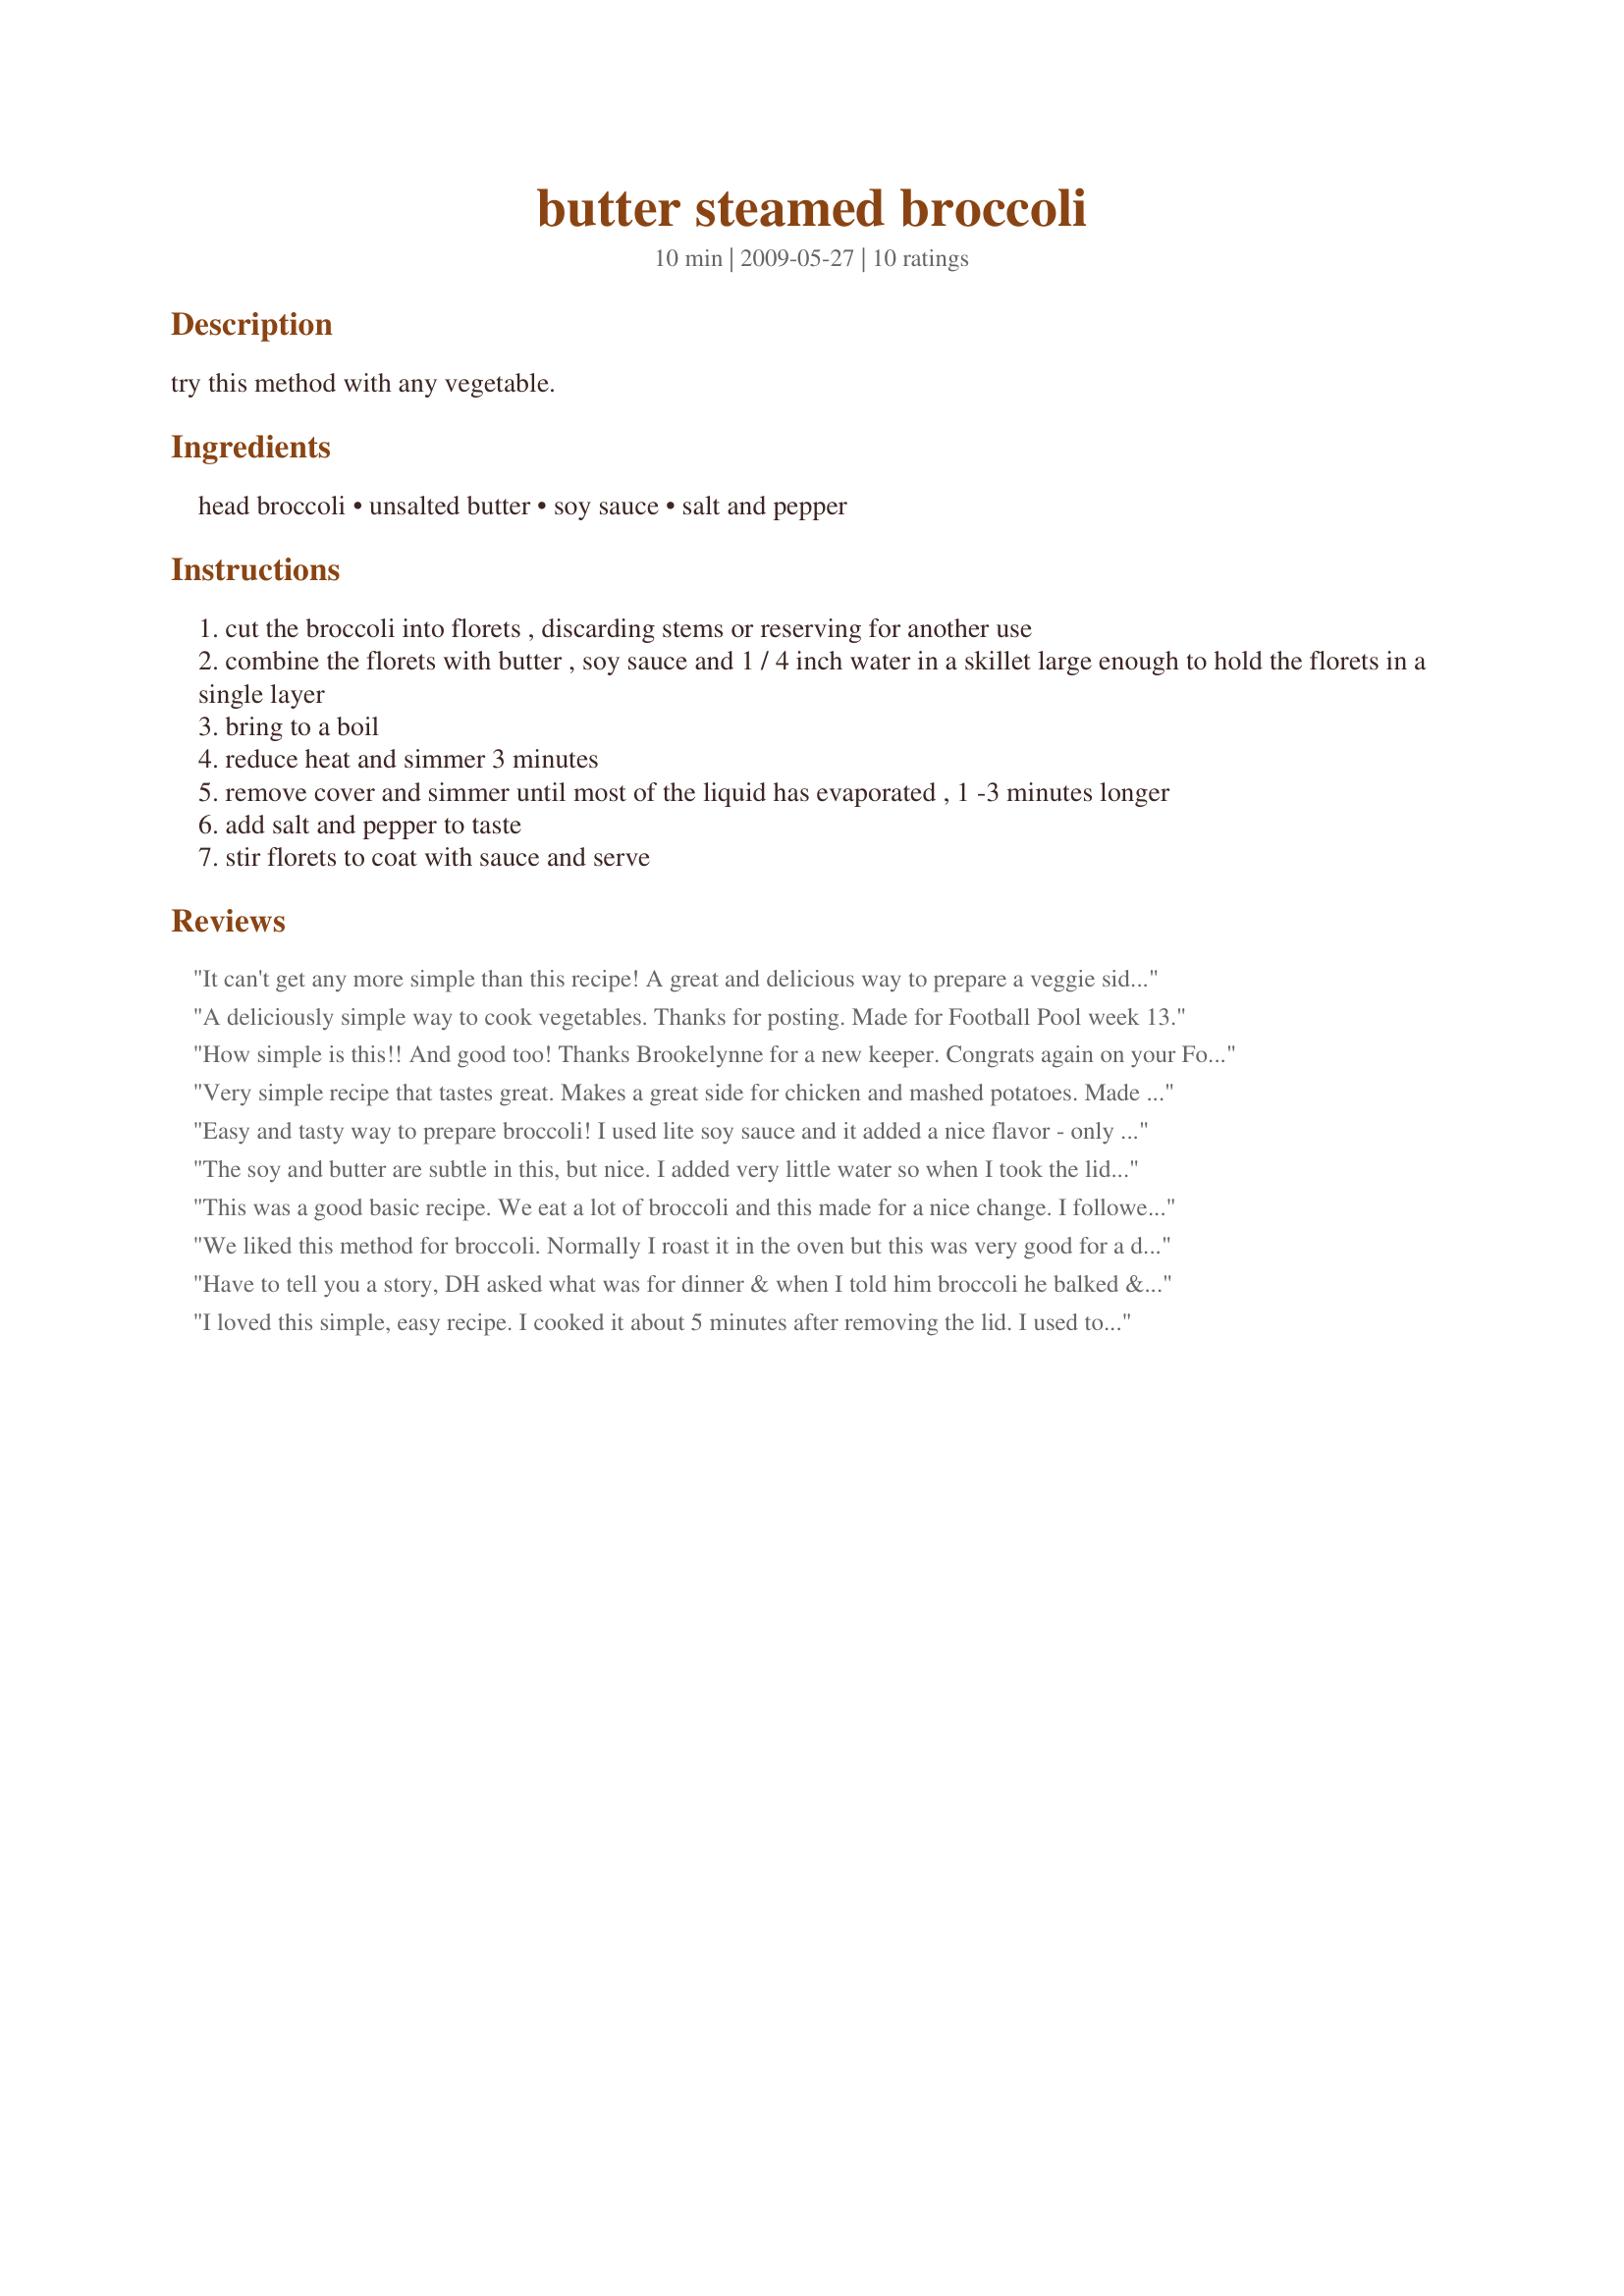
butter steamed broccoli
Preparation time: 10 minutes

try this method with any vegetable.

Ingredients:
head broccoli, unsalted butter, soy sauce, salt and pepper

Steps:
cut the broccoli into florets , discarding stems or reserving for another use
combine the florets with butter , soy sauce and 1 / 4 inch water in a skillet large enough to hold the florets in a single layer
bring to a boil
reduce heat and simmer 3 minutes
remove cover and simmer until most of the liquid has evaporated , 1 -3 minutes longer
add salt and pepper to taste
stir florets to coat with sauce and serve

Reviews:
It can't get any more simple than this recipe! A great and delicious way to prepare a veggie side dish. Served with grilled chicken and rice. My kids liked putting the broccoli on the rice and mixing it up! Thanks for a great dish! Made for your Football Pool win! :)
A deliciously simple way to cook vegetables. Thanks for posting. Made for Football Pool week 13.
How simple is this!! And good too! Thanks Brookelynne for a new keeper. Congrats again on your Football win.
Very simple recipe that tastes great. Makes a great side for chicken and mashed potatoes. Made for Best of 2012 game.
Easy and tasty way to prepare broccoli! I used lite soy sauce and it added a nice flavor - only had to add a bit of pepper after cooking. Thanks for sharing the recipe! Made for the Best of 2012 event, recommended by linguinelisa
The soy and butter are subtle in this, but nice. I added very little water so when I took the lid off at 3 minutes the liquid was all evaporated - unfortunately the broccoli was also already overcooked by then. Maybe doing 1 minute covered and 1 minute uncovered would be just right.
This was a good basic recipe. We eat a lot of broccoli and this made for a nice change. I followed the recipe as written other then I used I can&#039;t believe it&#039;s not butter as that is all I buy. We all enjoyed this.
We liked this method for broccoli. Normally I roast it in the oven but this was very good for a different change of pace. Made for I Recommend Tag Game 2010.
Have to tell you a story, DH asked what was for dinner & when I told him broccoli he balked & said yuk. Well, I made your recipe & he was begging for mine- loved it! So finally, I can fix broccoli without complaints from him. Thanks!
I loved this simple, easy recipe. I cooked it about 5 minutes after removing the lid. I used too much water so it didn't evaporate (I always have trouble judging how much to put in the pan) so I just removed the florets with a slotted spoon. I have broccoli all the time and this recipe is a welcome addition to my recipe file!
